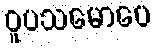
ဝူပသမောပေ